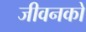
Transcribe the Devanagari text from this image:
जीवनको